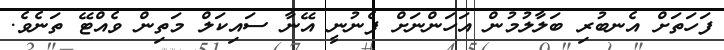
ފަހަތަށް އެނބުރި ބަލާލުމުން އަހަންނަށް ފެނުނީ އޭނާ ސައިކަލް މަތިން ވެއްޓޭ ތަނެވެ.